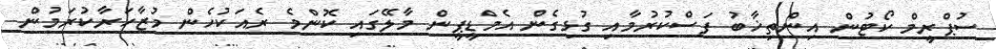
ސުޕްރީމް ކޯޓުން އިންތިޚާބު ފަސްކުރުމާއި ގުޅިގެން އެމްޑީޕީން މާލޭގައި ކޮންމެ ރެއަކުހެން މުޒާހަރާކުރަމުން